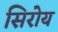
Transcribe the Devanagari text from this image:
सिरोय